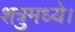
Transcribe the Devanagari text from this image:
शत्रुमध्ये।